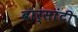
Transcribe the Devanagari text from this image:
बार्सांटी